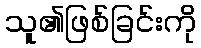
သူ၏ဖြစ်ခြင်းကို